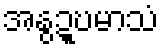
အနွဍ္ဎမာသံ